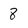
Character: 8